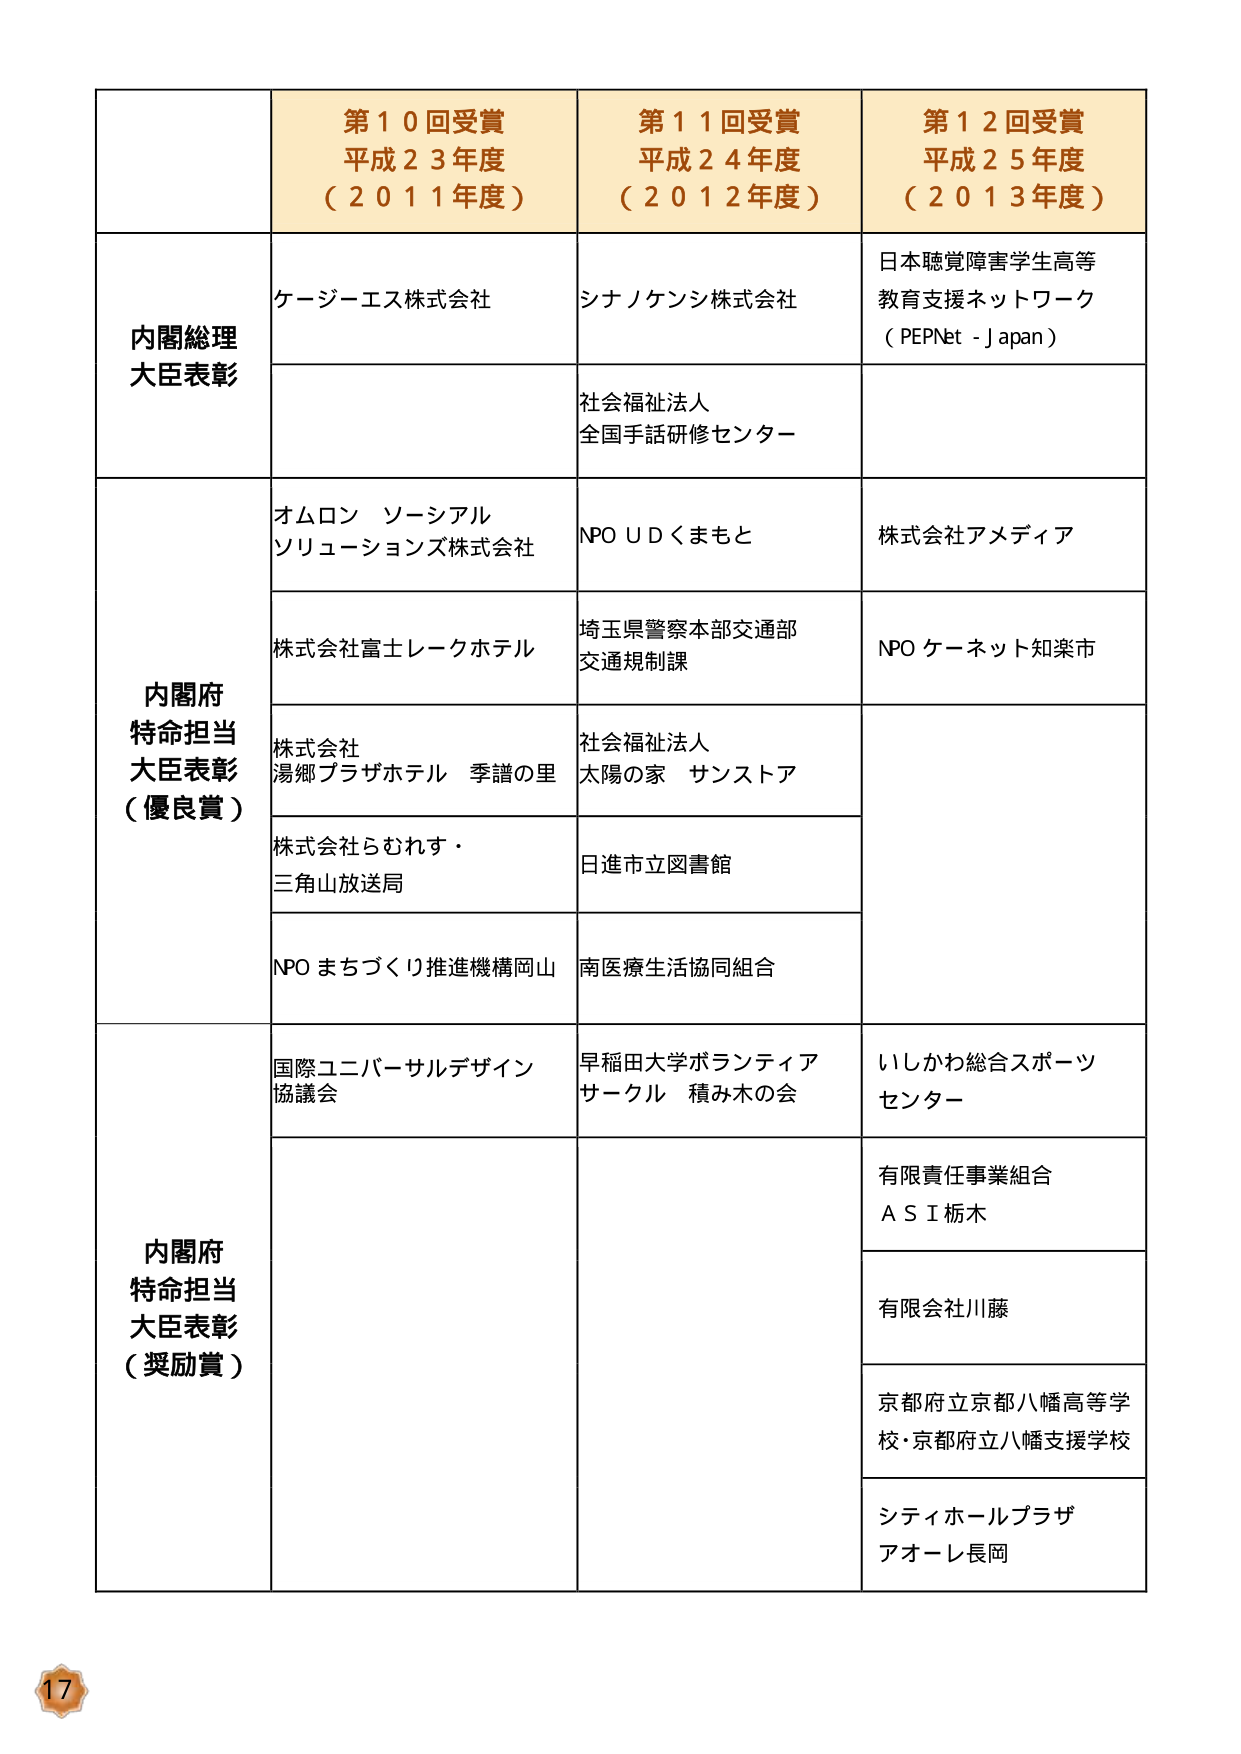
第１０回受賞
平成２３年度
（２０１１年度）

第１１回受賞
平成２４年度
（２０１２年度）

第１２回受賞
平成２５年度
（２０１３年度）

内閣総理大臣表彰
ケージーエス株式会社
シナノケンシ株式会社
日本聴覚障害学生高等教育支援ネットワーク
（PEPNet - Japan）
社会福祉法人
全国手話研修センター

内閣府特命担当大臣表彰（優良賞）
オムロン ソーシャルソリューションズ株式会社
NPO UDくまもと
株式会社アメディア
株式会社富士レークホテル
埼玉県警察本部交通部交通規制課
NPO ケーネット知楽市
株式会社湯郷プラザホテル 季譜の里
社会福祉法人太陽の家 サンストア
株式会社らむれす・三角山放送局
日進市立図書館
NPO まちづくり推進機構岡山
南医療生活協同組合

内閣府特命担当大臣表彰（奨励賞）
国際ユニバーサルデザイン協議会
早稲田大学ボランティアサークル 積み木の会
いしかわ総合スポーツセンター
有限責任事業組合ASI栃木
有限会社川藤
京都府立京都八幡高等学校・京都府立八幡支援学校
シティホールプラザアオーレ長岡

17